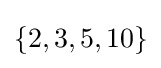
\{2,3,5,10\}